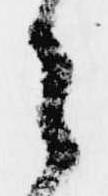
之